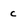
Character: c